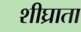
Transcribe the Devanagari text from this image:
शीघ्राता